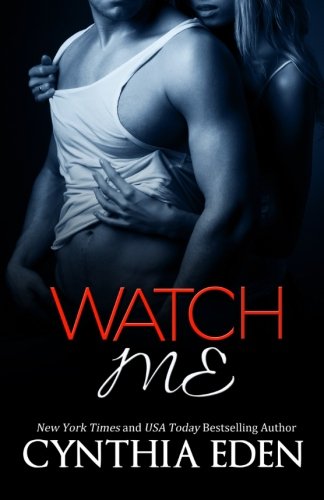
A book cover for Watch Me (Dark Obsession) (Volume 1); Cynthia Eden; Romance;